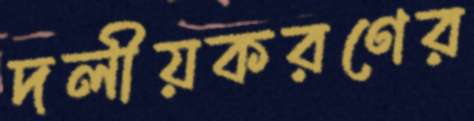
দলীয়করণের